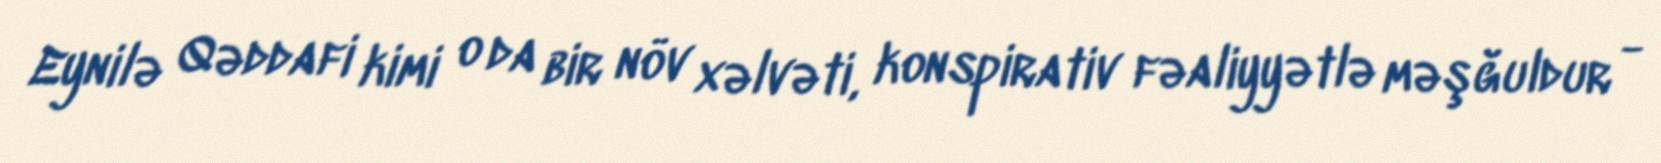
Eynilə Qəddafi kimi o da bir növ xəlvəti, konspirativ fəaliyyətlə məşğuldur -